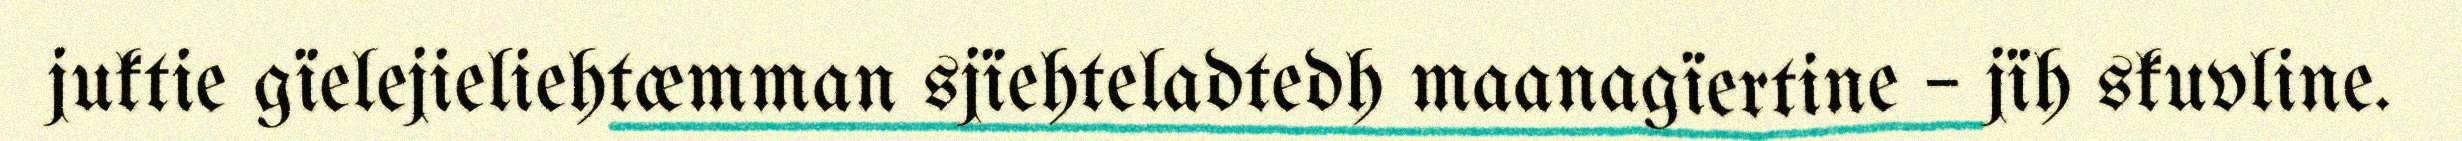
juktie gïelejieliehtæmman sjïehteladtedh maanagïertine – jïh skuvline.